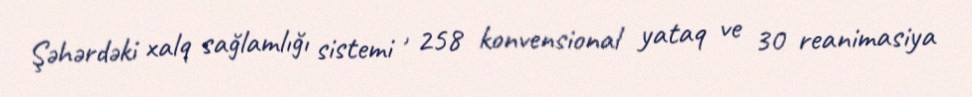
Şəhərdəki xalq sağlamlığı sistemi , 258 konvensional yataq ve 30 reanimasiya